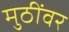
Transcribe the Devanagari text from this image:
मुठींवर